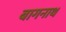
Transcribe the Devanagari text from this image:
बागनाथ